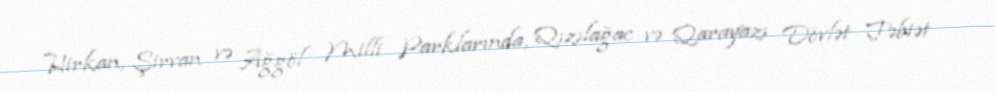
Hirkan, Şirvan və Ağgöl Milli Parklarında, Qızılağac və Qarayazı Dövlət Təbiət